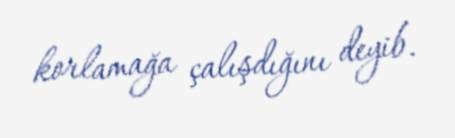
korlamağa çalışdığını deyib.